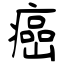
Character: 癌